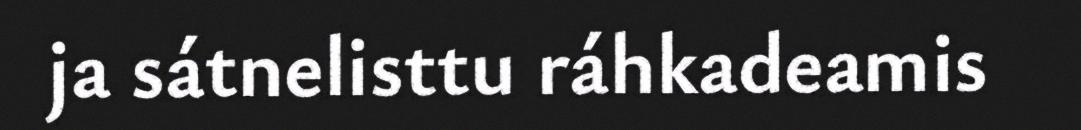
ja sátnelisttu ráhkadeamis